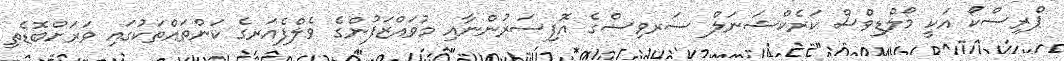
ޕްރިސްކޯ އަކީ މޯލްޑިވްސް ކަރެކްޝަނަލް ސަރވިސްގެ އޮފިސަރުންނާއި މުވައްޒަފުންގެ ވެލްފެއަރގެ ކަންތައްތަކުގައި ވަރަށްބޮޑެތި